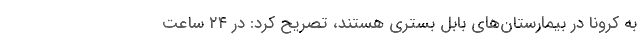
به کرونا در بیمارستان‌های بابل بسترى هستند، تصریح کرد: در ۲۴ ساعت